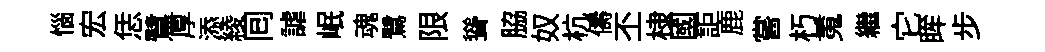
惱宏恁鷺厚添綾囘謔岷魂鷺限聳脇奴杭儔丕棣國詎鹿嘗朽䰟繼它眸步